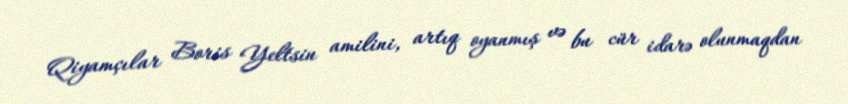
Qiyamçılar Boris Yeltsin amilini, artıq oyanmış və bu cür idarə olunmaqdan